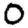
Digit: 0